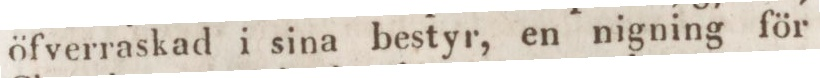
öfverraskad i sina bestyr, en nigning för